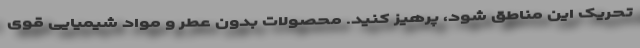
تحریک این مناطق شود، پرهیز کنید. محصولات بدون عطر و مواد شیمیایی قوی